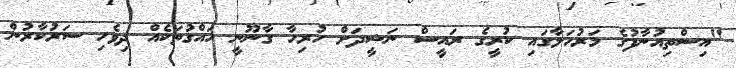
"އިސްތިއުނާފުގެ މަރުހަލާގައި ކުރީގެ ރައީސް ނަޝީދަށް ހުރިހާ ގާނޫނީ ހައްގުތަކެއް ދިވެހި ސަރުކާރުން